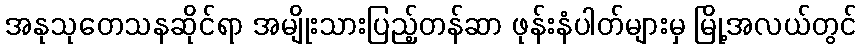
အနုသုတေသနဆိုင်ရာ အမျိုးသားပြည့်တန်ဆာ ဖုန်းနံပါတ်များမှ မြို့အလယ်တွင်